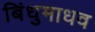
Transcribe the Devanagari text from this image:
बिंधुमाधव